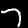
Digit: 7